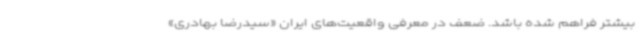
بیشتر فراهم شده باشد. ضعف در معرفی واقعیت‌های ایران «سیدرضا بهادری»